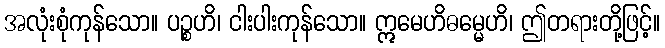
အလုံးစုံကုန်သော။ ပဉ္စဟိ၊ ငါးပါးကုန်သော။ ဣမေဟိဓမ္မေဟိ၊ ဤတရားတို့ဖြင့်။